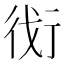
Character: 𬠾